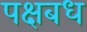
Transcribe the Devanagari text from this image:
पक्षबध